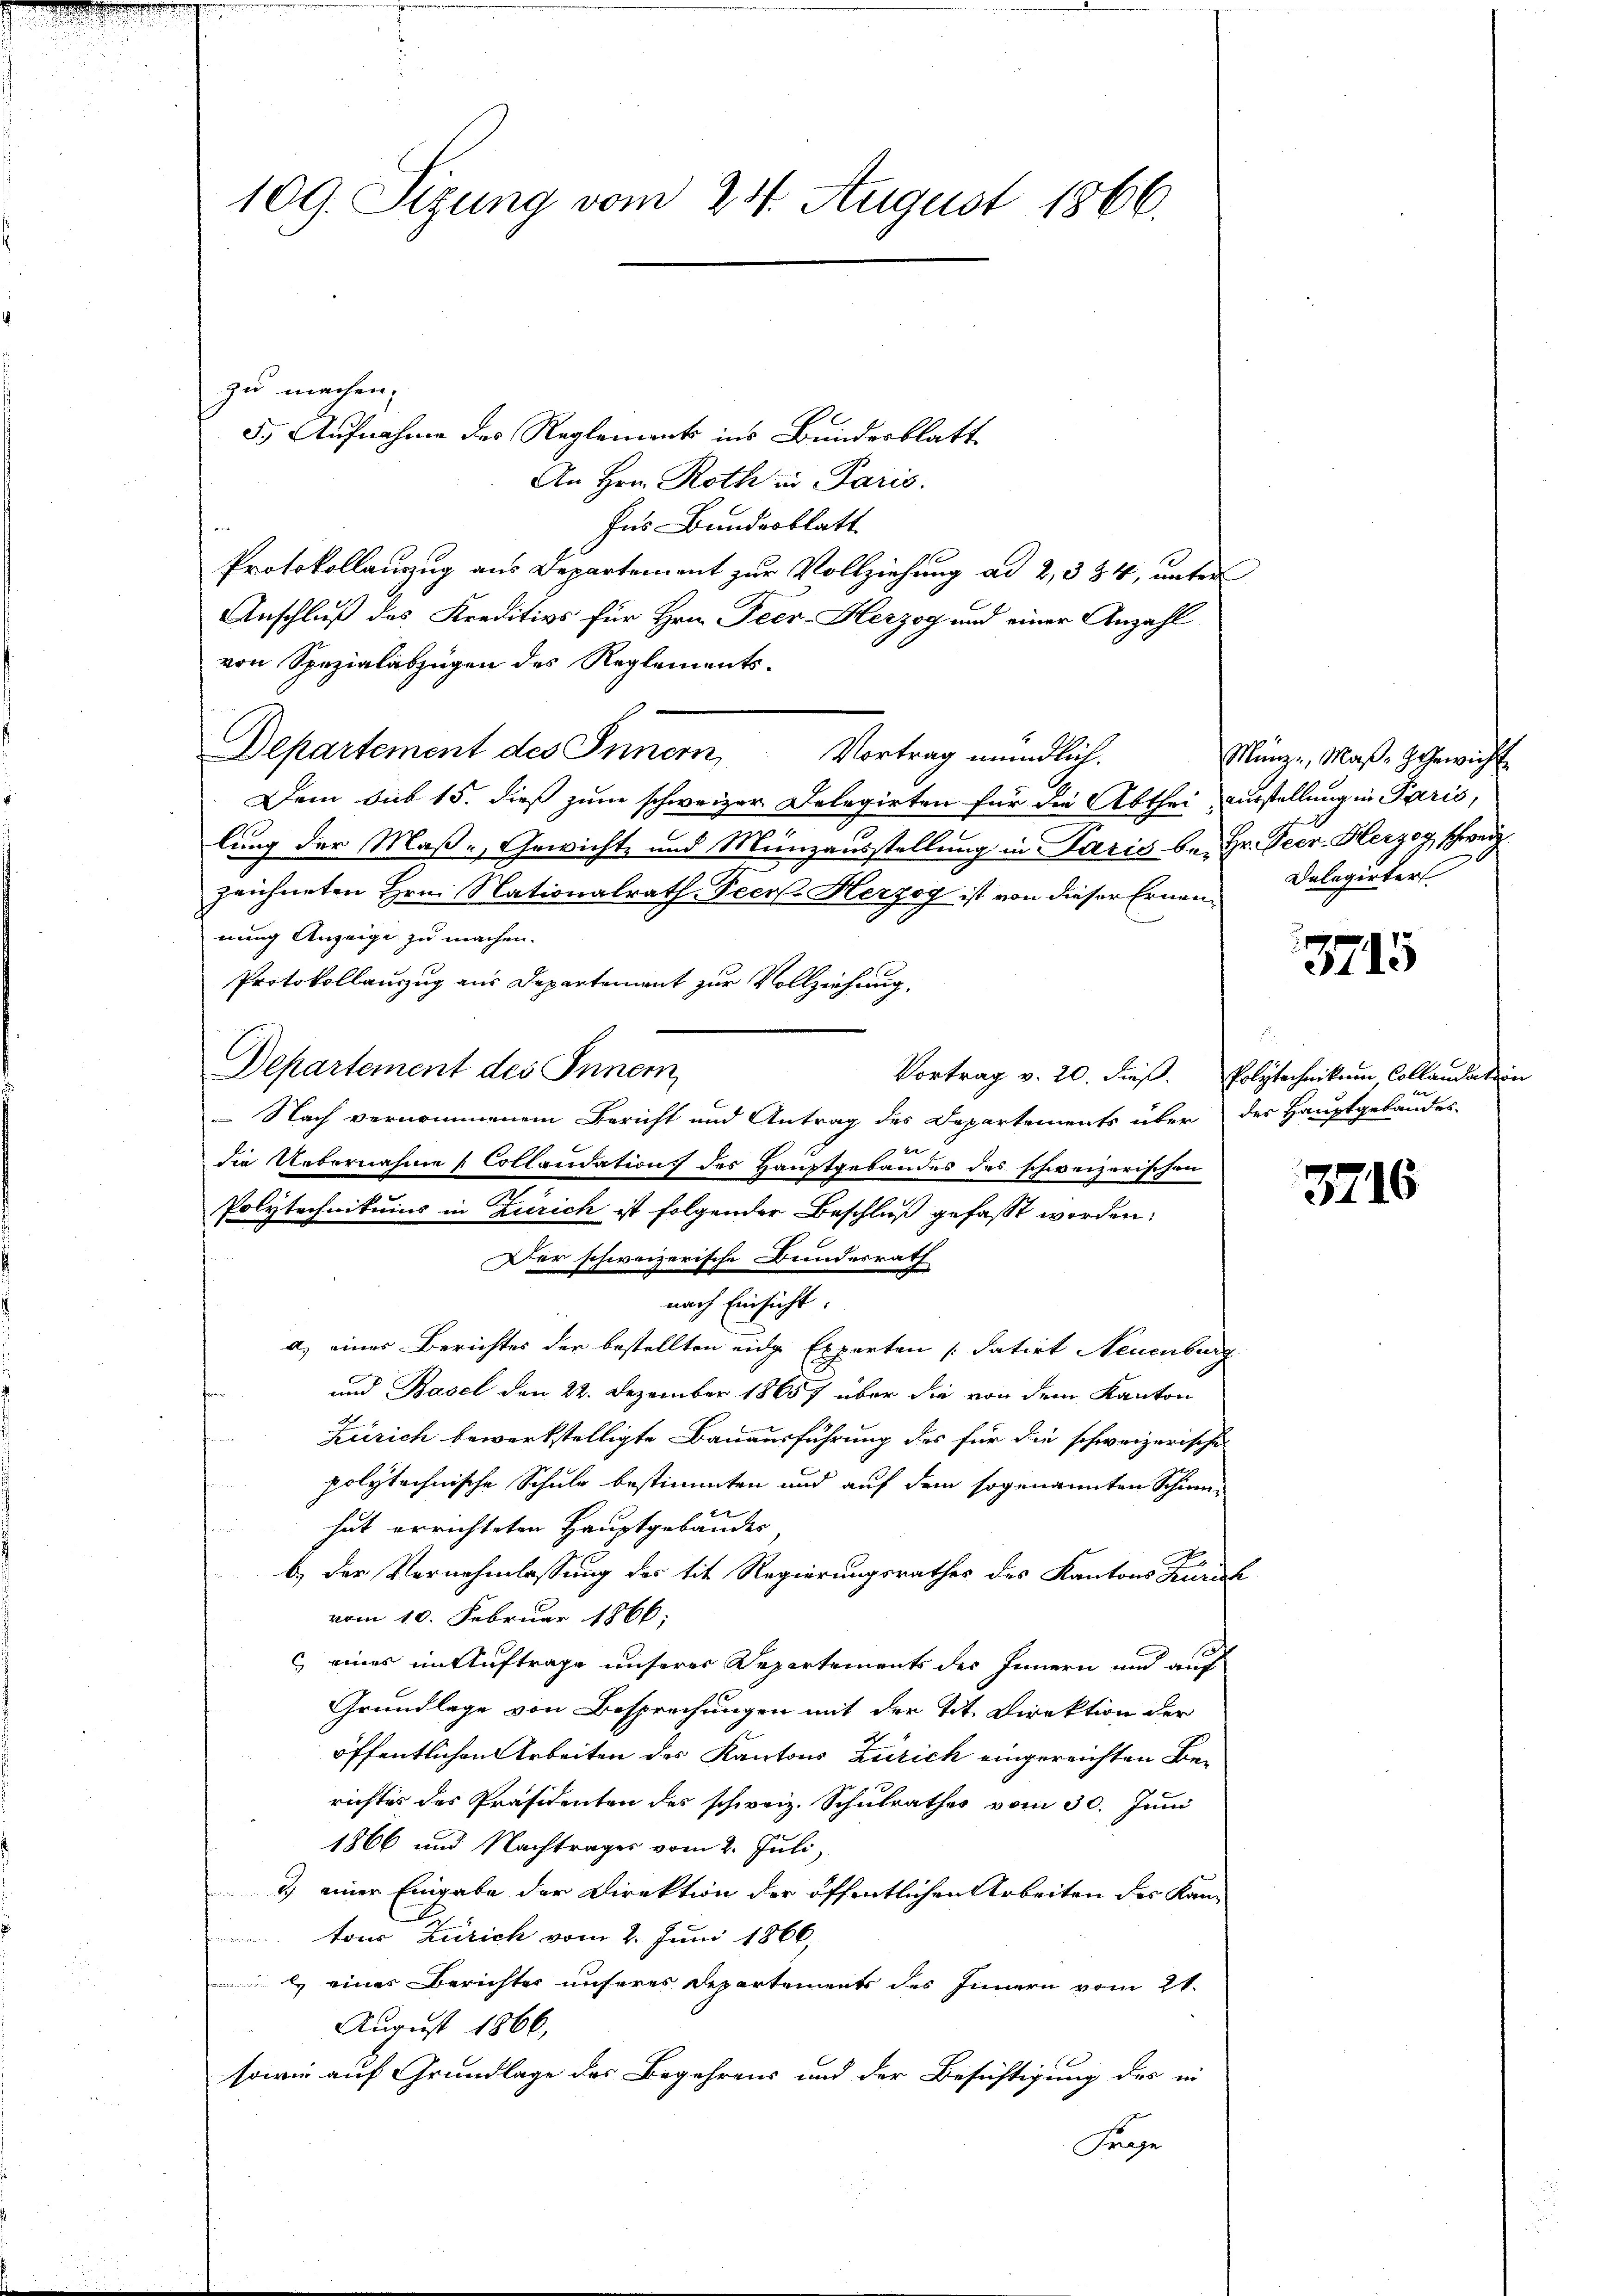
109. Sizung vom 24. August 1866.

zu machen.
5.) Aufnahme des Reglements ins Bunderblatt
An Hrn. Roth in Paris.
Ins Bundesblatt
Protokollauszug aus Departement zur Vollziehung ad 2, 384, unter
Anschluß des Kreditivs für Hrn. Peer-Herzog und einer Anzahl
von Spezialabzügen des Reglements-
Departement des Innern, Vortrag mündlich.
Dem Sub 15. dieß zum schweizer Delegirten für die Abthei Ausstellung in Paris,
lung der Maße, Gewichte und Münzausstellung in Paris be- Hr. Peer. Herzog schweiz.
zeichneten Hrn. Nationalrath-Peers Herzog ist von dieser Ernennung Anzeige zu machen.
Protokollauszug aus Departement zur Vollziehung,
Departement des Inner
 Nach vernommenem Bericht und Antrag des Departements über des Hauptgebäudes-
die Uebernahme Collaudation des Hauptgebäudes des schweizerischen
Polytechnikums in Zürich ist folgender Beschluß gefasst worden;
Der schweizerische Bundesrath
nach Einsicht.
a) einer Berichtes der bestellten eidge Experten [datirt Neuenburg
und Basel den 22. Dezember 18657 über die von dem Kanton
Zürich bewerkstelligte Bauausführung des für die schweizerische
polytechnische Schule bestimmten und auf dem sogenannten Schin-
hat errichteten Hauptgebäudes,
b.) Der Vernehmlassung des tit. Regierungsrathes des Kantons Zürich
vom 10. Februar 1866;
at
c eines im Auftrage unserer Departements des Innern und auf
Grundlage von Besprechungen mit der Tit. Direktion der
öffentlichen Arbeiten des Kantons Zürich eingereichten Berichtes des Präsidenten des schweiz. Schulrathes vom 30. Juni
1866 und Nachtrages vom 2. Juli,
2) einer Eingabe der Direktion der öffentlichen Arbeiten des Kan-
 tons Zürich vom 2. Juni 1866,
l eines Berichtes unseres Departements des Innern vom 21.
August 1866,
sowie auf Grundlage des Begehrens und der Besichtigung des in
Frage

Münzi, Mas- Gewicht
Delegirter.

3715

Vortrag v. 20. dieß. Polytechnikum, Collandation

3716